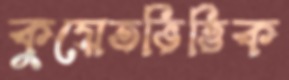
কুয়েতভিত্তিক